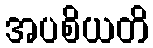
အပစိယတိ